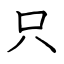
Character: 只